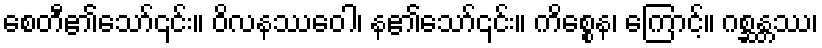
စေတီ၏သော်၎င်း။ ဝိလနဿေဝါ၊ န၏သော်၎င်း။ ကိစ္စေန၊ ကြောင့်။ ဂစ္ဆန္တဿ၊